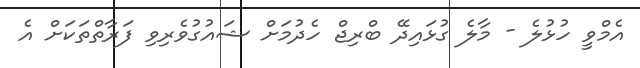
އެމްވީ ހުޅުލެ - މާލެ ގުޅައިދޭ ބްރިޖް ހެދުމަށް ޝައުގުވެރިވި ފަރާތްތަކަށް އެ